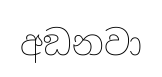
අඞනවා